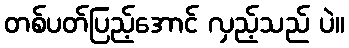
တစ်ပတ်ပြည့်အောင် လှည့်သည် ပဲ။